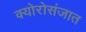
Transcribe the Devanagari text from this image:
क्योरोसंजात